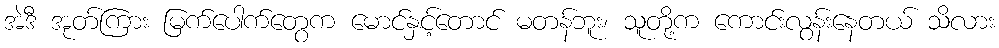
အဲဒီ အုတ်ကြား မြက်ပေါက်တွေက မောင်နှင့်တောင် မတန်ဘူး၊ သူတို့က ကောင်းလွန်းနေတယ် သိလား